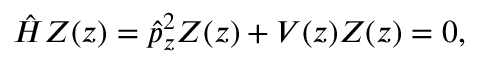
\hat { H } Z ( z ) = \hat { p } _ { z } ^ { 2 } Z ( z ) + V ( z ) Z ( z ) = 0 ,